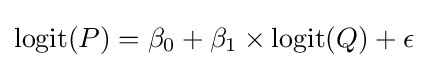
\operatorname {logit} (P)=\beta _{0}+\beta _{1}\times \operatorname {logit} (Q)+\epsilon